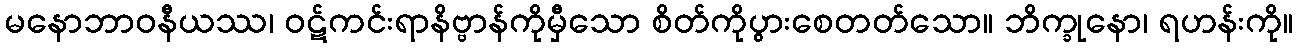
မနောဘာဝနီယဿ၊ ဝဋ်ကင်းရာနိဗ္ဗာန်ကိုမှီသော စိတ်ကိုပွားစေတတ်သော။ ဘိက္ခုနော၊ ရဟန်းကို။